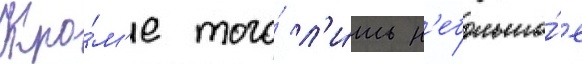
Кро́м'е того́ л'и́шь н'ебольшо́е